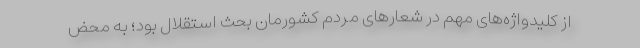
از کلیدواژه‌های مهم در شعار‌های مردم کشورمان بحث استقلال بود؛ به محض